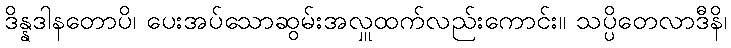
ဒိန္နဒါနတောပိ၊ ပေးအပ်သောဆွမ်းအလှူထက်လည်းကောင်း။ သပ္ပိတေလာဒီနိ၊